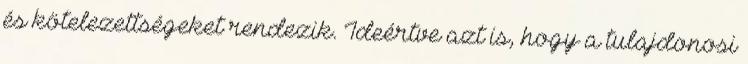
és kötelezettségeket rendezik. Ideértve azt is, hogy a tulajdonosi